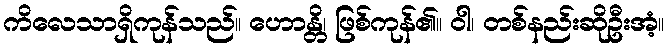
ကိလေသာရှိကုန်သည်။ ဟောန္တိ၊ ဖြစ်ကုန်၏။ ဝါ၊ တစ်နည်းဆိုဦးအံ့။